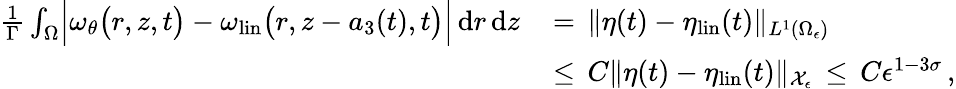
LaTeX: \begin{array}{rl}{\frac{1}{\Gamma}\int_{\Omega}\Bigl|\omega_{\theta}\bigl(r,z,t\bigr)-\omega_{\mathrm{lin}}\bigl(r,z-a_{3}(t),t\bigr)\Bigr|\, \mathrm{d}r\, \mathrm{d}z\, }&{=\, \| \eta(t)-\eta_{\mathrm{lin}}(t)\| _{L^{1}(\Omega_{\epsilon})}}\\ {\, }&{\le\, C\| \eta(t)-\eta_{\mathrm{lin}}(t)\| _{\mathcal{X}_{\epsilon}}\, \le\, C\epsilon^{1-3\sigma}\, ,}\end{array}